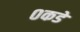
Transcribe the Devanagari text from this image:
०कडे